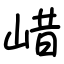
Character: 㟙